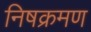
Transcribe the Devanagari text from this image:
निषक्रमण